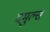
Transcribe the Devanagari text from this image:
दमुल्स